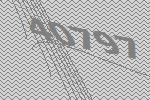
40797